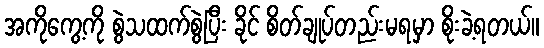
အကိုကွေ့ကို စွဲသထက်စွဲပြီး ခိုင် စိတ်ချုပ်တည်းမရမှာ စိုးခဲ့ရတယ်။